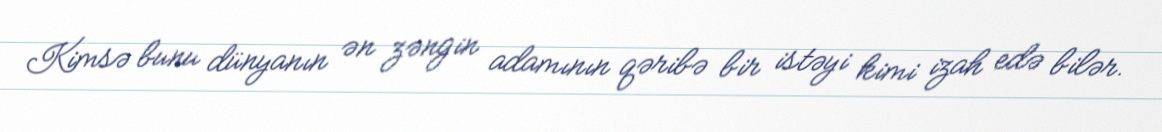
Kimsə bunu dünyanın ən zəngin adamının qəribə bir istəyi kimi izah edə bilər.